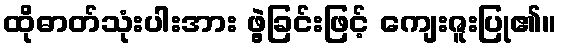
ထိုဓာတ်သုံးပါးအား ဖွဲ့ခြင်းဖြင့် ကျေးဇူးပြု၏။